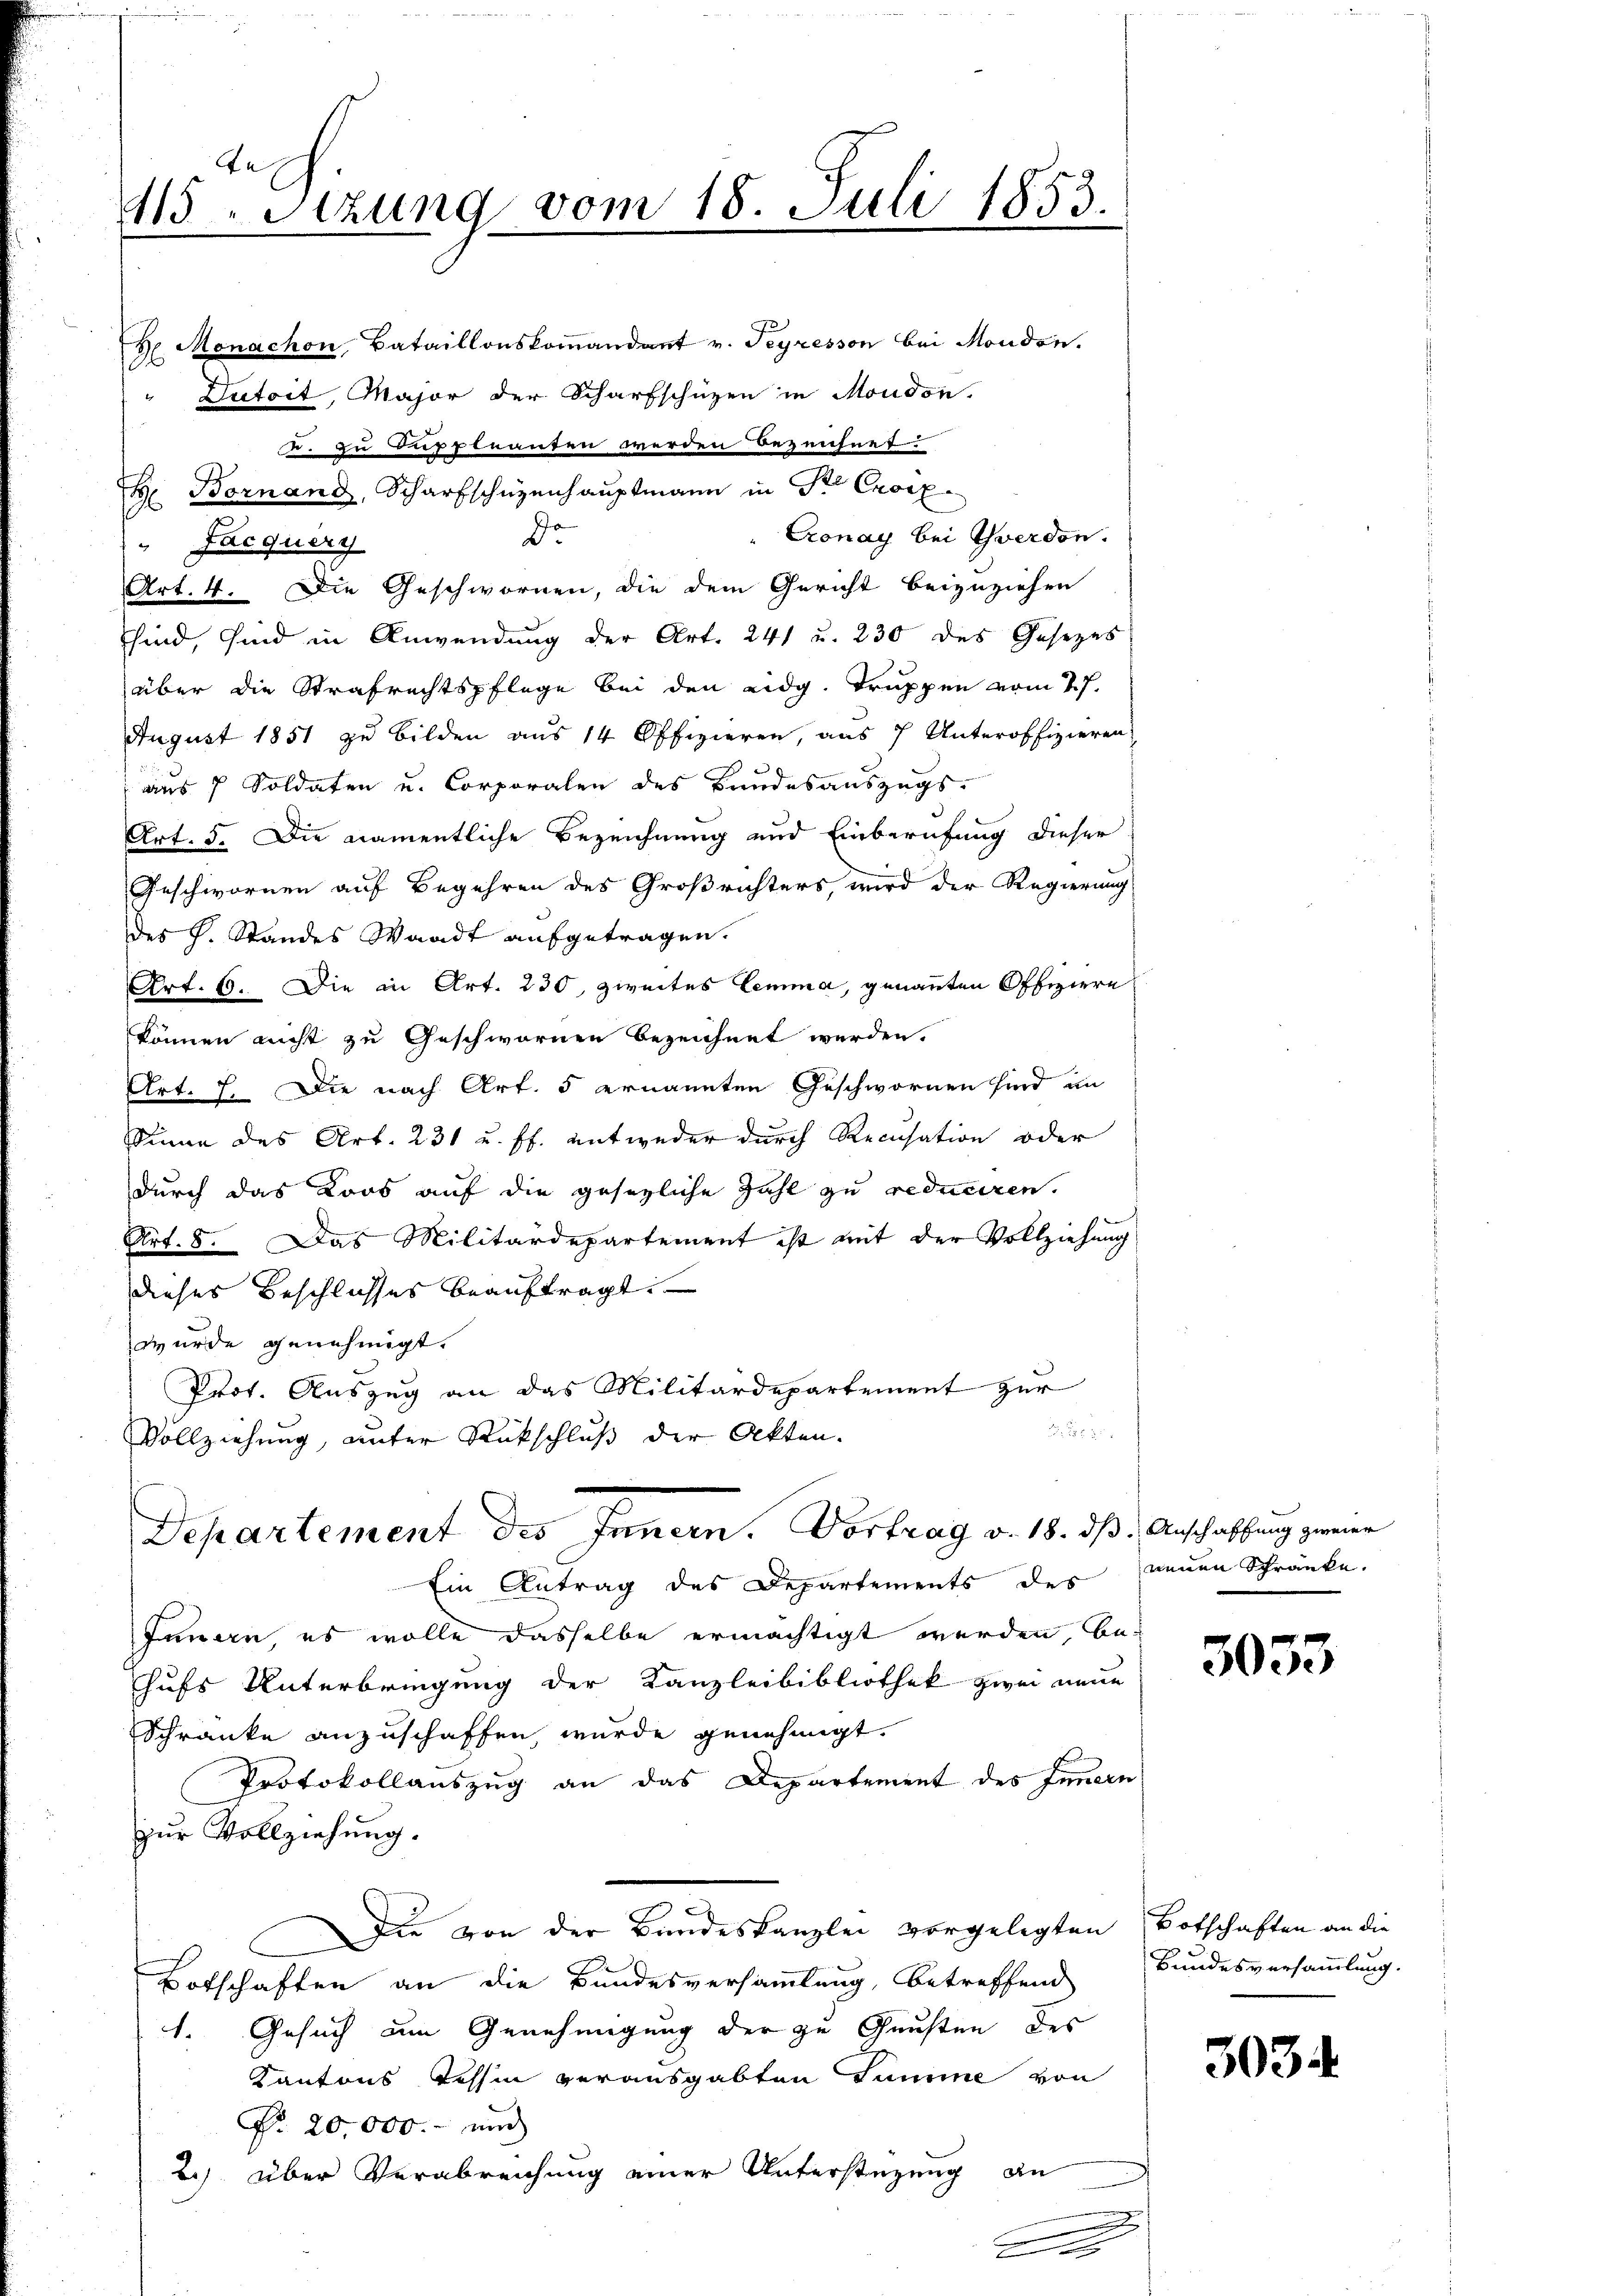
415 Stzung vom 18. Juli 1853.

Monachon Bataillonskoṁandant v. Segresson bei Moudon.
"Dutoit, Major der Scharfschüzen in Moudon.
d. zu Duppleanten werden Bezeichnet.
H. Bornand, Scharfschüzenhauptmann in St. Croix
Cronay bei Yverdon.
Dr
Jacquery
Art. 4. Die Geschwornen, die dem Gericht beizuziehen
sind, sind in Anwendung der Art. 241 u. 230 des Gesetzes
über die Strafrechtspflege bei den eidg. Truppen vom 27.
August 1851 zu bilden aus 14 Offizieren, aus 7 Unteroffizieren
aus 7 Soldaten u. Corporalen des Bundesauszugs-
Art. 5. Die namentliche Bezeichnung und Einberufung dieser
Geschwornen auf Begehren des Großrichters, wird der Regierung
des J. Standes Waadt aufgetragen.
Art. 65. Die in Art. 230, zweites Lemma, genannten Offiziere
können nicht zu Geschwornen bezeichnet werden.
Art. 7. Die nach Art. 5 ernannten Geschwornen sind an
Sinne des Art. 231 u. ff. entweder durch Recusation oder
durch das Loos auf die gesezliche Zahl zu reduciren.
Art. 8. Das Militärdepartement ist mit der Vollziehung
dieses Beschlusses beauftragt.
wurde genehmigt.
Prot. Auszug an das Militärdepartement zur

Vollziehung, unter Rückschluß der Akten.
Departement des Innern. Vortrag v. 18. dß. Anschaffung zweier
Ein Antrag des Departements des neuen Schränke.
Innern, es wolle dasselbe ermächtigt werden, behufs Unterbringung der Kanzleibibliothek zwei neue
Schranke anzuschaffen, wurde genehmigt.
Protokollauszug an das Departement des Innern
zur Vollziehung.
Die von der Bundeskanzlei vorgelegten Botschaften an die
Botschaften an die Bundesversammlung, betreffend
1. Gesuch um Genehmigung der zu Gunsten des
Kantons Tessin verausgabten Summe von
No. 20,000.- und
2) über Verabreichung einer Unterstützung an
n

A

3053

Bundesversammlung.

3034